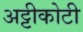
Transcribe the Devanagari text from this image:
अट्टीकोटी